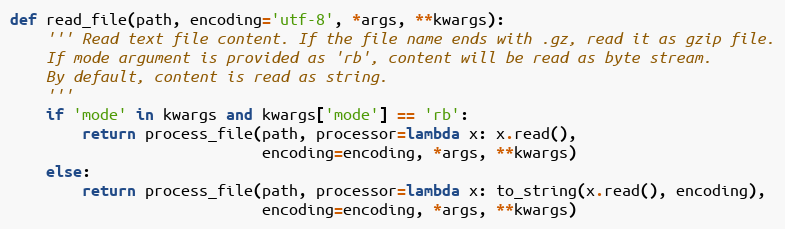
Language: Python
def read_file(path, encoding='utf-8', *args, **kwargs):
    ''' Read text file content. If the file name ends with .gz, read it as gzip file.
    If mode argument is provided as 'rb', content will be read as byte stream.
    By default, content is read as string.
    '''
    if 'mode' in kwargs and kwargs['mode'] == 'rb':
        return process_file(path, processor=lambda x: x.read(),
                            encoding=encoding, *args, **kwargs)
    else:
        return process_file(path, processor=lambda x: to_string(x.read(), encoding),
                            encoding=encoding, *args, **kwargs)